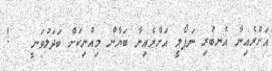
އަށްރެއިނާ އެނބުރި ނަޕޯލީ އަށްރެއިނާ ބަޔާން މިއުނިކަށް ބަދަލުވަނީ   !